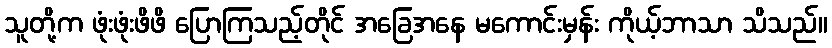
သူတို့က ဖုံးဖုံးဖိဖိ ပြောကြသည့်တိုင် အခြေအနေ မကောင်းမှန်း ကိုယ့်ဘာသာ သိသည်။